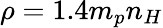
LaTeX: \rho=1.4m_{p}n_{H}